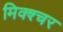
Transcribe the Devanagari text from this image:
मिक्‍श्‍चर